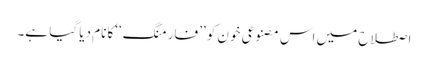
اصطلاح میں اس مصنوعی خون کو ’’فارمنگ‘‘کا نام دیا گیا ہے۔